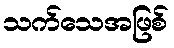
သက်သေအဖြစ်